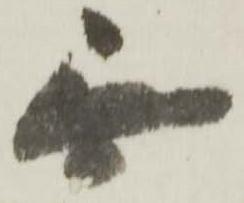
無